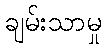
ချမ်းသာမှု